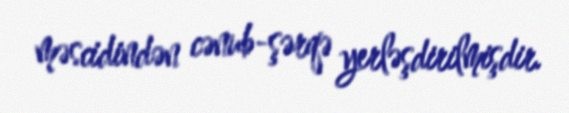
məscidindən cənub-şərqə yerləşdirilmişdir.